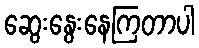
ဆွေးနွေးနေကြတာပါ